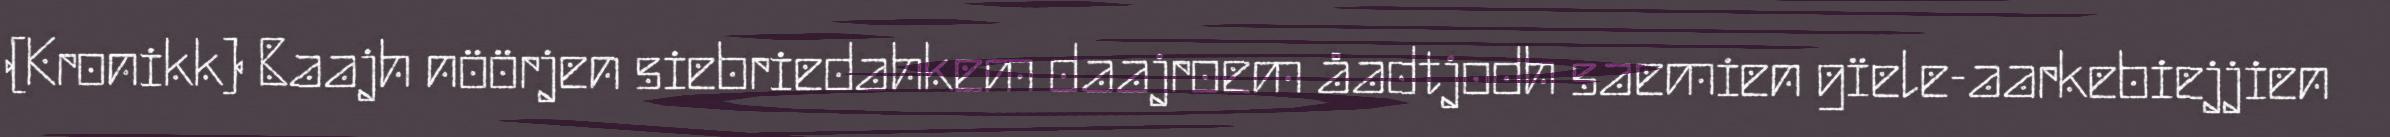
(Kronikk) Baajh nöörjen siebriedahkem daajroem åadtjodh saemien gïele-aarkebiejjien